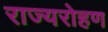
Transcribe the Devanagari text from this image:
राज्यरोहण